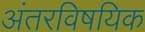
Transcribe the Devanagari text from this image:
अंतरविषयिक